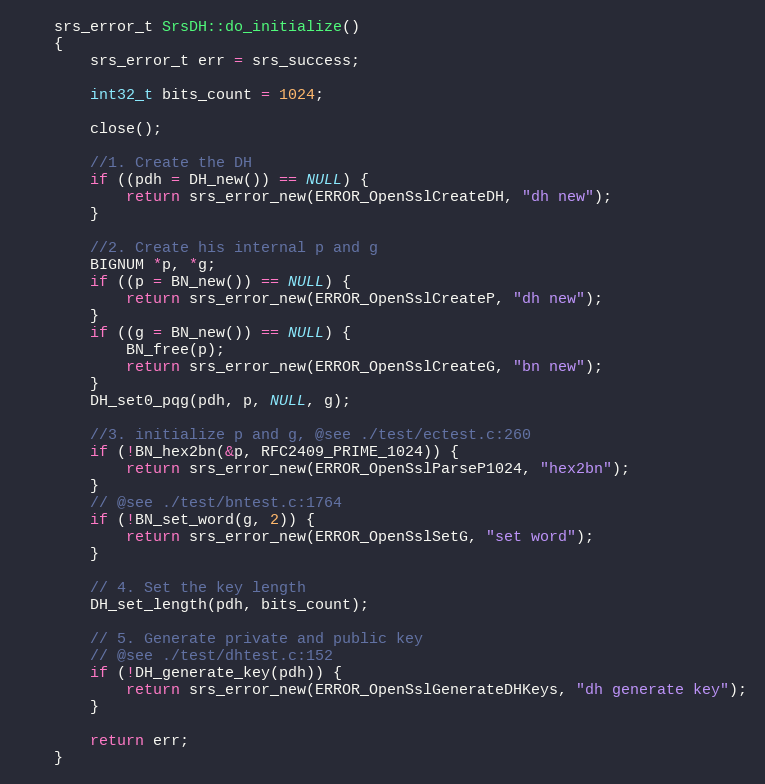
Language: C++
    srs_error_t SrsDH::do_initialize()
    {
        srs_error_t err = srs_success;

        int32_t bits_count = 1024;

        close();

        //1. Create the DH
        if ((pdh = DH_new()) == NULL) {
            return srs_error_new(ERROR_OpenSslCreateDH, "dh new");
        }

        //2. Create his internal p and g
        BIGNUM *p, *g;
        if ((p = BN_new()) == NULL) {
            return srs_error_new(ERROR_OpenSslCreateP, "dh new");
        }
        if ((g = BN_new()) == NULL) {
            BN_free(p);
            return srs_error_new(ERROR_OpenSslCreateG, "bn new");
        }
        DH_set0_pqg(pdh, p, NULL, g);

        //3. initialize p and g, @see ./test/ectest.c:260
        if (!BN_hex2bn(&p, RFC2409_PRIME_1024)) {
            return srs_error_new(ERROR_OpenSslParseP1024, "hex2bn");
        }
        // @see ./test/bntest.c:1764
        if (!BN_set_word(g, 2)) {
            return srs_error_new(ERROR_OpenSslSetG, "set word");
        }

        // 4. Set the key length
        DH_set_length(pdh, bits_count);

        // 5. Generate private and public key
        // @see ./test/dhtest.c:152
        if (!DH_generate_key(pdh)) {
            return srs_error_new(ERROR_OpenSslGenerateDHKeys, "dh generate key");
        }

        return err;
    }